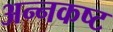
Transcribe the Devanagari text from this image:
अन्नकष्ट